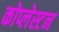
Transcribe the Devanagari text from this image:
कोप्लेस्टन